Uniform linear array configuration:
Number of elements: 64
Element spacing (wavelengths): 0.75
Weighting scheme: hann
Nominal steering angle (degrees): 30
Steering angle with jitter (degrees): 29.929
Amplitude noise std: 0.05
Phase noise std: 0.05

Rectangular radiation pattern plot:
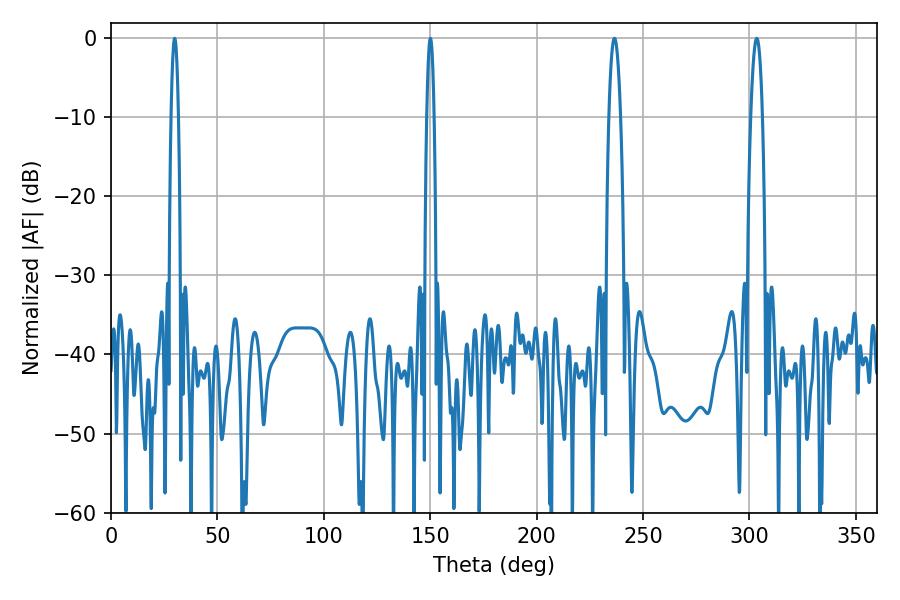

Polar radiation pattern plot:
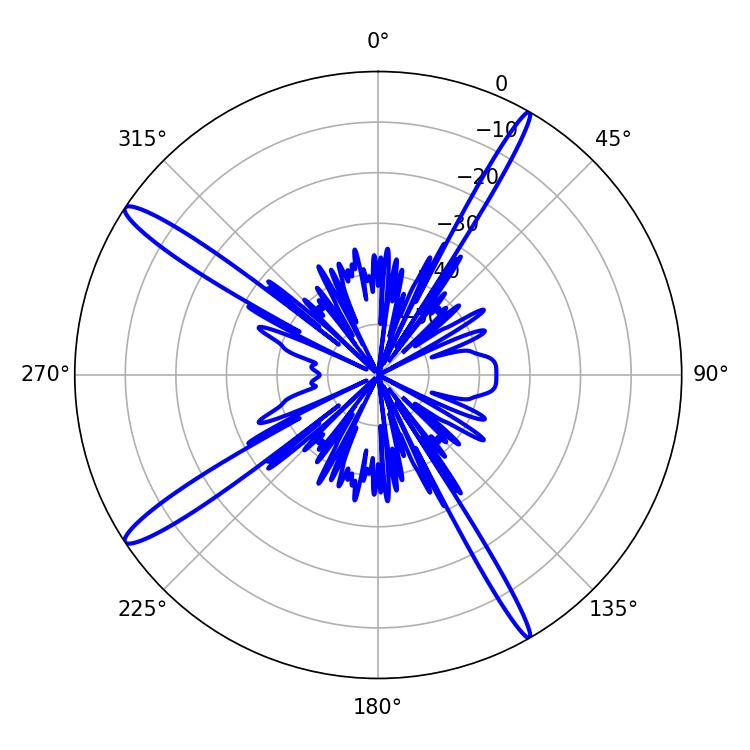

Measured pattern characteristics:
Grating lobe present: TRUE
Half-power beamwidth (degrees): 3.06
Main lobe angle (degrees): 303.48